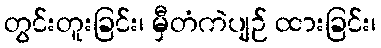
တွင်းတူးခြင်း၊ မှီတံကဲပျဉ် ထားခြင်း၊